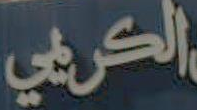
الكريبي